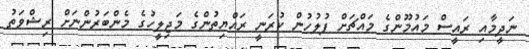
ނަދީމާއި ރައީސް މައުމޫންގެ މައްޗަށް ފުލުހުން ކުރަނީ ރައްޔިތުންގެ މަޖިލީހުގެ މެންބަރުންނަށް ރިޝްވަތު